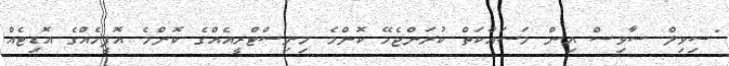
"ސިވިލް ސާވިސް އިން މަސައްކަތް ކުރަންޖެހޭ ކޮންމެ މިނިސްޓްރީއެއްގެ ކޮންމެ އޮފީހެއްގެ އޮޑިޓެއް